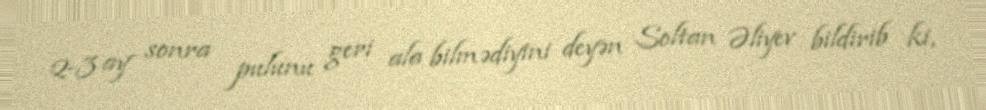
2-3 ay sonra pulunu geri ala bilmədiyini deyən Soltan Əliyev bildirib ki,